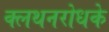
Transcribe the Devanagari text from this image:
क्लथनरोधके